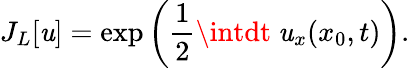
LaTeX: J_{L}[\mathit{u}]=\exp\left(\frac{{1}}{{2}}\intdt~\mathit{u}_{x}(x_{0},t)\right).